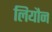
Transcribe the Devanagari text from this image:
लियौन